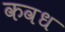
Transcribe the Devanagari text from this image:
कवध